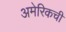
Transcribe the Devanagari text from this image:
अमेरिकची